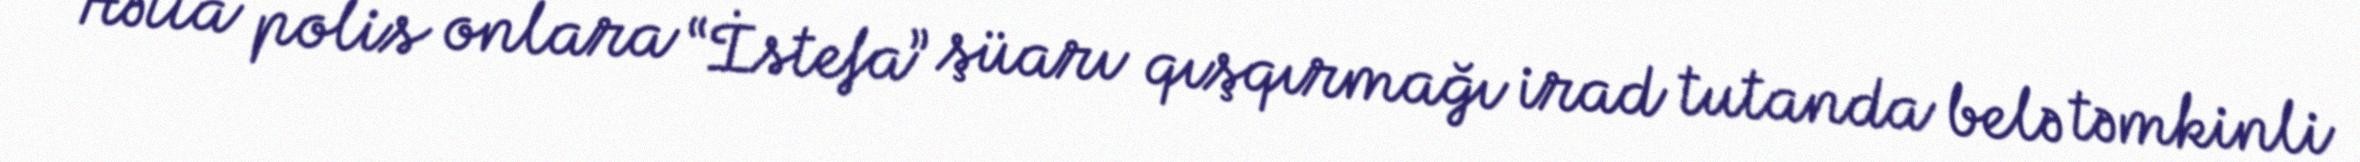
Hətta polis onlara “İstefa” şüarı qışqırmağı irad tutanda belə təmkinli